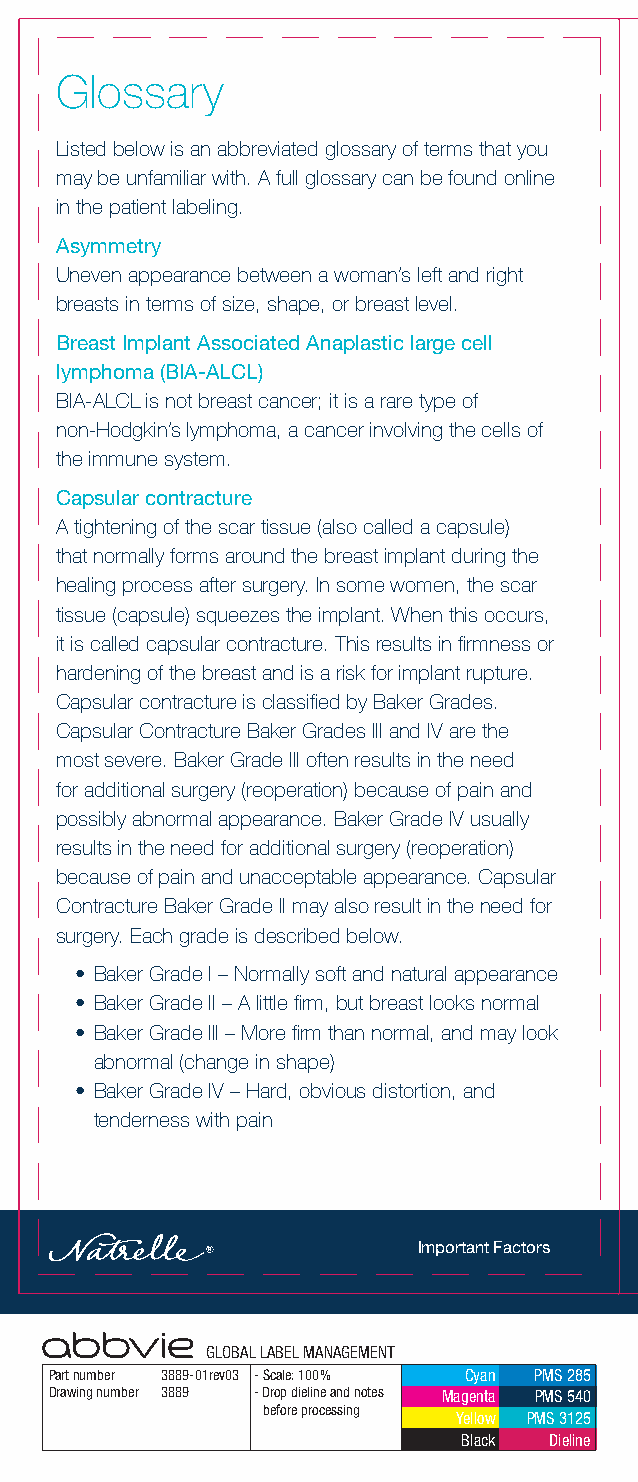
Glossary
 Listed below is an abbreviated glossary of terms that you
 may be unfamiliar with. A full glossary can be found online
 in the patient labeling.
 Asymmetry
 Uneven appearance between a woman’s left and right
 breasts in terms of size, shape, or breast level.
 Breast Implant Associated Anaplastic large cell
 lymphoma (BIA-ALCL)
 BIA-ALCL is not breast cancer; it is a rare type of
 non-Hodgkin’s lymphoma, a cancer involving the cells of
 the immune system.
 Capsular contracture
 A tightening of the scar tissue (also called a capsule)
 that normally forms around the breast implant during the
 healing process after surgery. In some women, the scar
 tissue (capsule) squeezes the implant. When this occurs,
 it is called capsular contracture. This results in firmness or
 hardening of the breast and is a risk for implant rupture.
 Capsular contracture is classified by Baker Grades.
 Capsular Contracture Baker Grades III and IV are the
 most severe. Baker Grade III often results in the need
 for additional surgery (reoperation) because of pain and
 possibly abnormal appearance. Baker Grade IV usually
 results in the need for additional surgery (reoperation)
 because of pain and unacceptable appearance. Capsular
 Contracture Baker Grade II may also result in the need for
 surgery. Each grade is described below.
 • Baker Grade I – Normally soft and natural appearance
 • Baker Grade II – A little firm, but breast looks normal
 • Baker Grade III – More firm than normal, and may look
 abnormal (change in shape)
 • Baker Grade IV – Hard, obvious distortion, and
 tenderness with pain
 Important Factors
 GLOBAL LABEL MANAGEMENT
 Part number 3889-01rev03 - Scale: 100% Cyan PMS 285
 Drawing number 3889 - Drop dieline and notes Magenta PMS 540
 before processing
 Yellow PMS 3125
 Black Dieline